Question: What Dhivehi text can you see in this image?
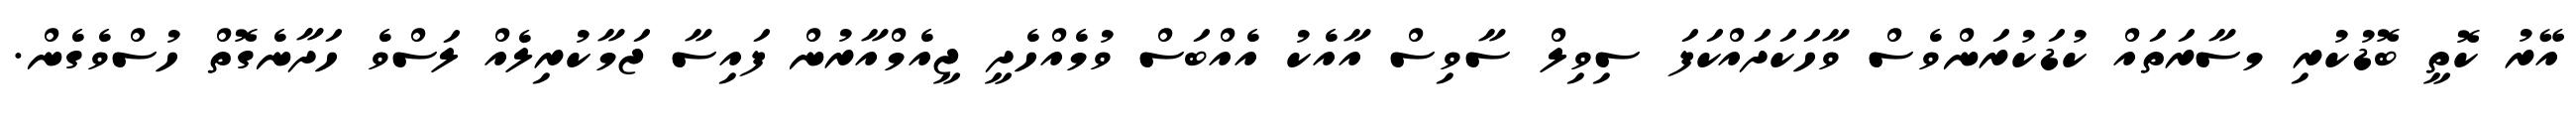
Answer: އޭރު ކޮތީ ބޮޑުކުރި މސާރަތައް ކުޑަކުރަންވެސް ވާހަކަދައްކަފަ ސިވިލް ސާވިސް އާއެކު އެއްބަސް ވުމެއްހެދީ ޖީއެމްއާރުން ފައިސާ ޖަމާކުރިލެއް ލަސްވެ ހަދާނެގޮތް ހުސްވެގެން.